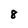
Character: 8